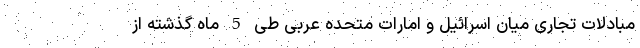
مبادلات تجاری میان اسرائیل و امارات متحده عربی طی 5 ماه گذشته از